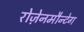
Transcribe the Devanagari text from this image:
रोज़ेनमौन्टेग